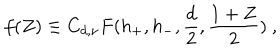
LaTeX: f ( Z ) \equiv C _ { d , \nu } F ( h _ { + } , h _ { - } , { \frac { d } { 2 } } , { \frac { 1 + Z } { 2 } } ) ~ ,